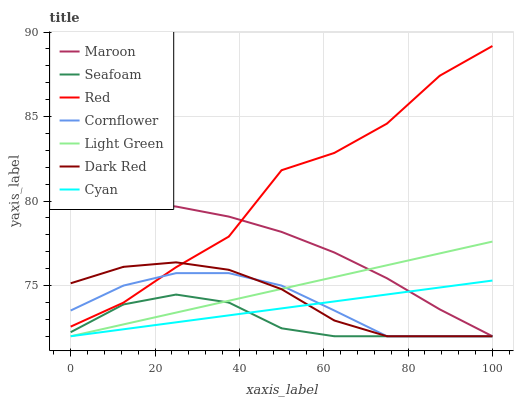
| xaxis_label | Maroon | Seafoam | Red | Cornflower | Light Green | Dark Red | Cyan |
 | --- | --- | --- | --- | --- | --- | --- | --- |
 | 0 | 79.9 | 72.2 | 72.6 | 73.5 | 72 | 75.1 | 72 |
 | 12.5 | 80 | 73.9 | 74 | 75 | 72.7 | 76.1 | 72.4 |
 | 25 | 79.7 | 74.5 | 76.1 | 75.7 | 73.4 | 76.4 | 72.8 |
 | 37.5 | 79.1 | 74 | 77.9 | 75.7 | 74.1 | 75.9 | 73.2 |
 | 50 | 78.2 | 72.5 | 81.8 | 75 | 74.8 | 74.8 | 73.6 |
 | 62.5 | 77 | 72 | 82.8 | 73.5 | 75.5 | 72.9 | 74.1 |
 | 75 | 75.4 | 72 | 84.6 | 72 | 76.2 | 72 | 74.5 |
 | 87.5 | 73.6 | 72 | 87.4 | 72 | 76.9 | 72 | 74.9 |
 | 100 | 72 | 72 | 89.2 | 72 | 77.6 | 72 | 75.3 |